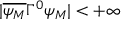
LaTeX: | \overline { { { \psi _ { M } } } } \Gamma ^ { 0 } \psi _ { M } | < + \infty